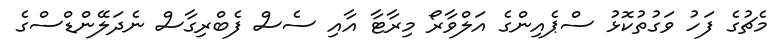
މެޗުގެ ފަހު ވަގުތުކޮޅު ސްޕެއިންގެ އަލްވާރޯ މިރާޓާ އާއި ސެސް ފެބްރިގާސް ނެދަލޭންޑްސްގެ